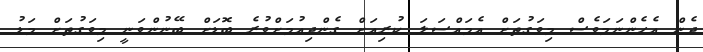
ދެން އެހެންނަމަވެސް މިވަގުތަށް އެމައްސަލަ ކުރިއަށް ގެންދިއުމަށްވުރެ ބޮޑަށް ބޭނުންވަނީ މިވަގުތަށް މަޑު